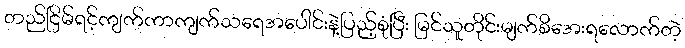
တည်ငြိမ်ရင့်ကျက်ကာကျက်သရေအပေါင်းနဲ့ပြည့်စုံပြီး မြင်သူတိုင်းမျက်စိအေးရလောက်တဲ့